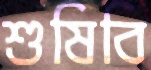
শুষিবি